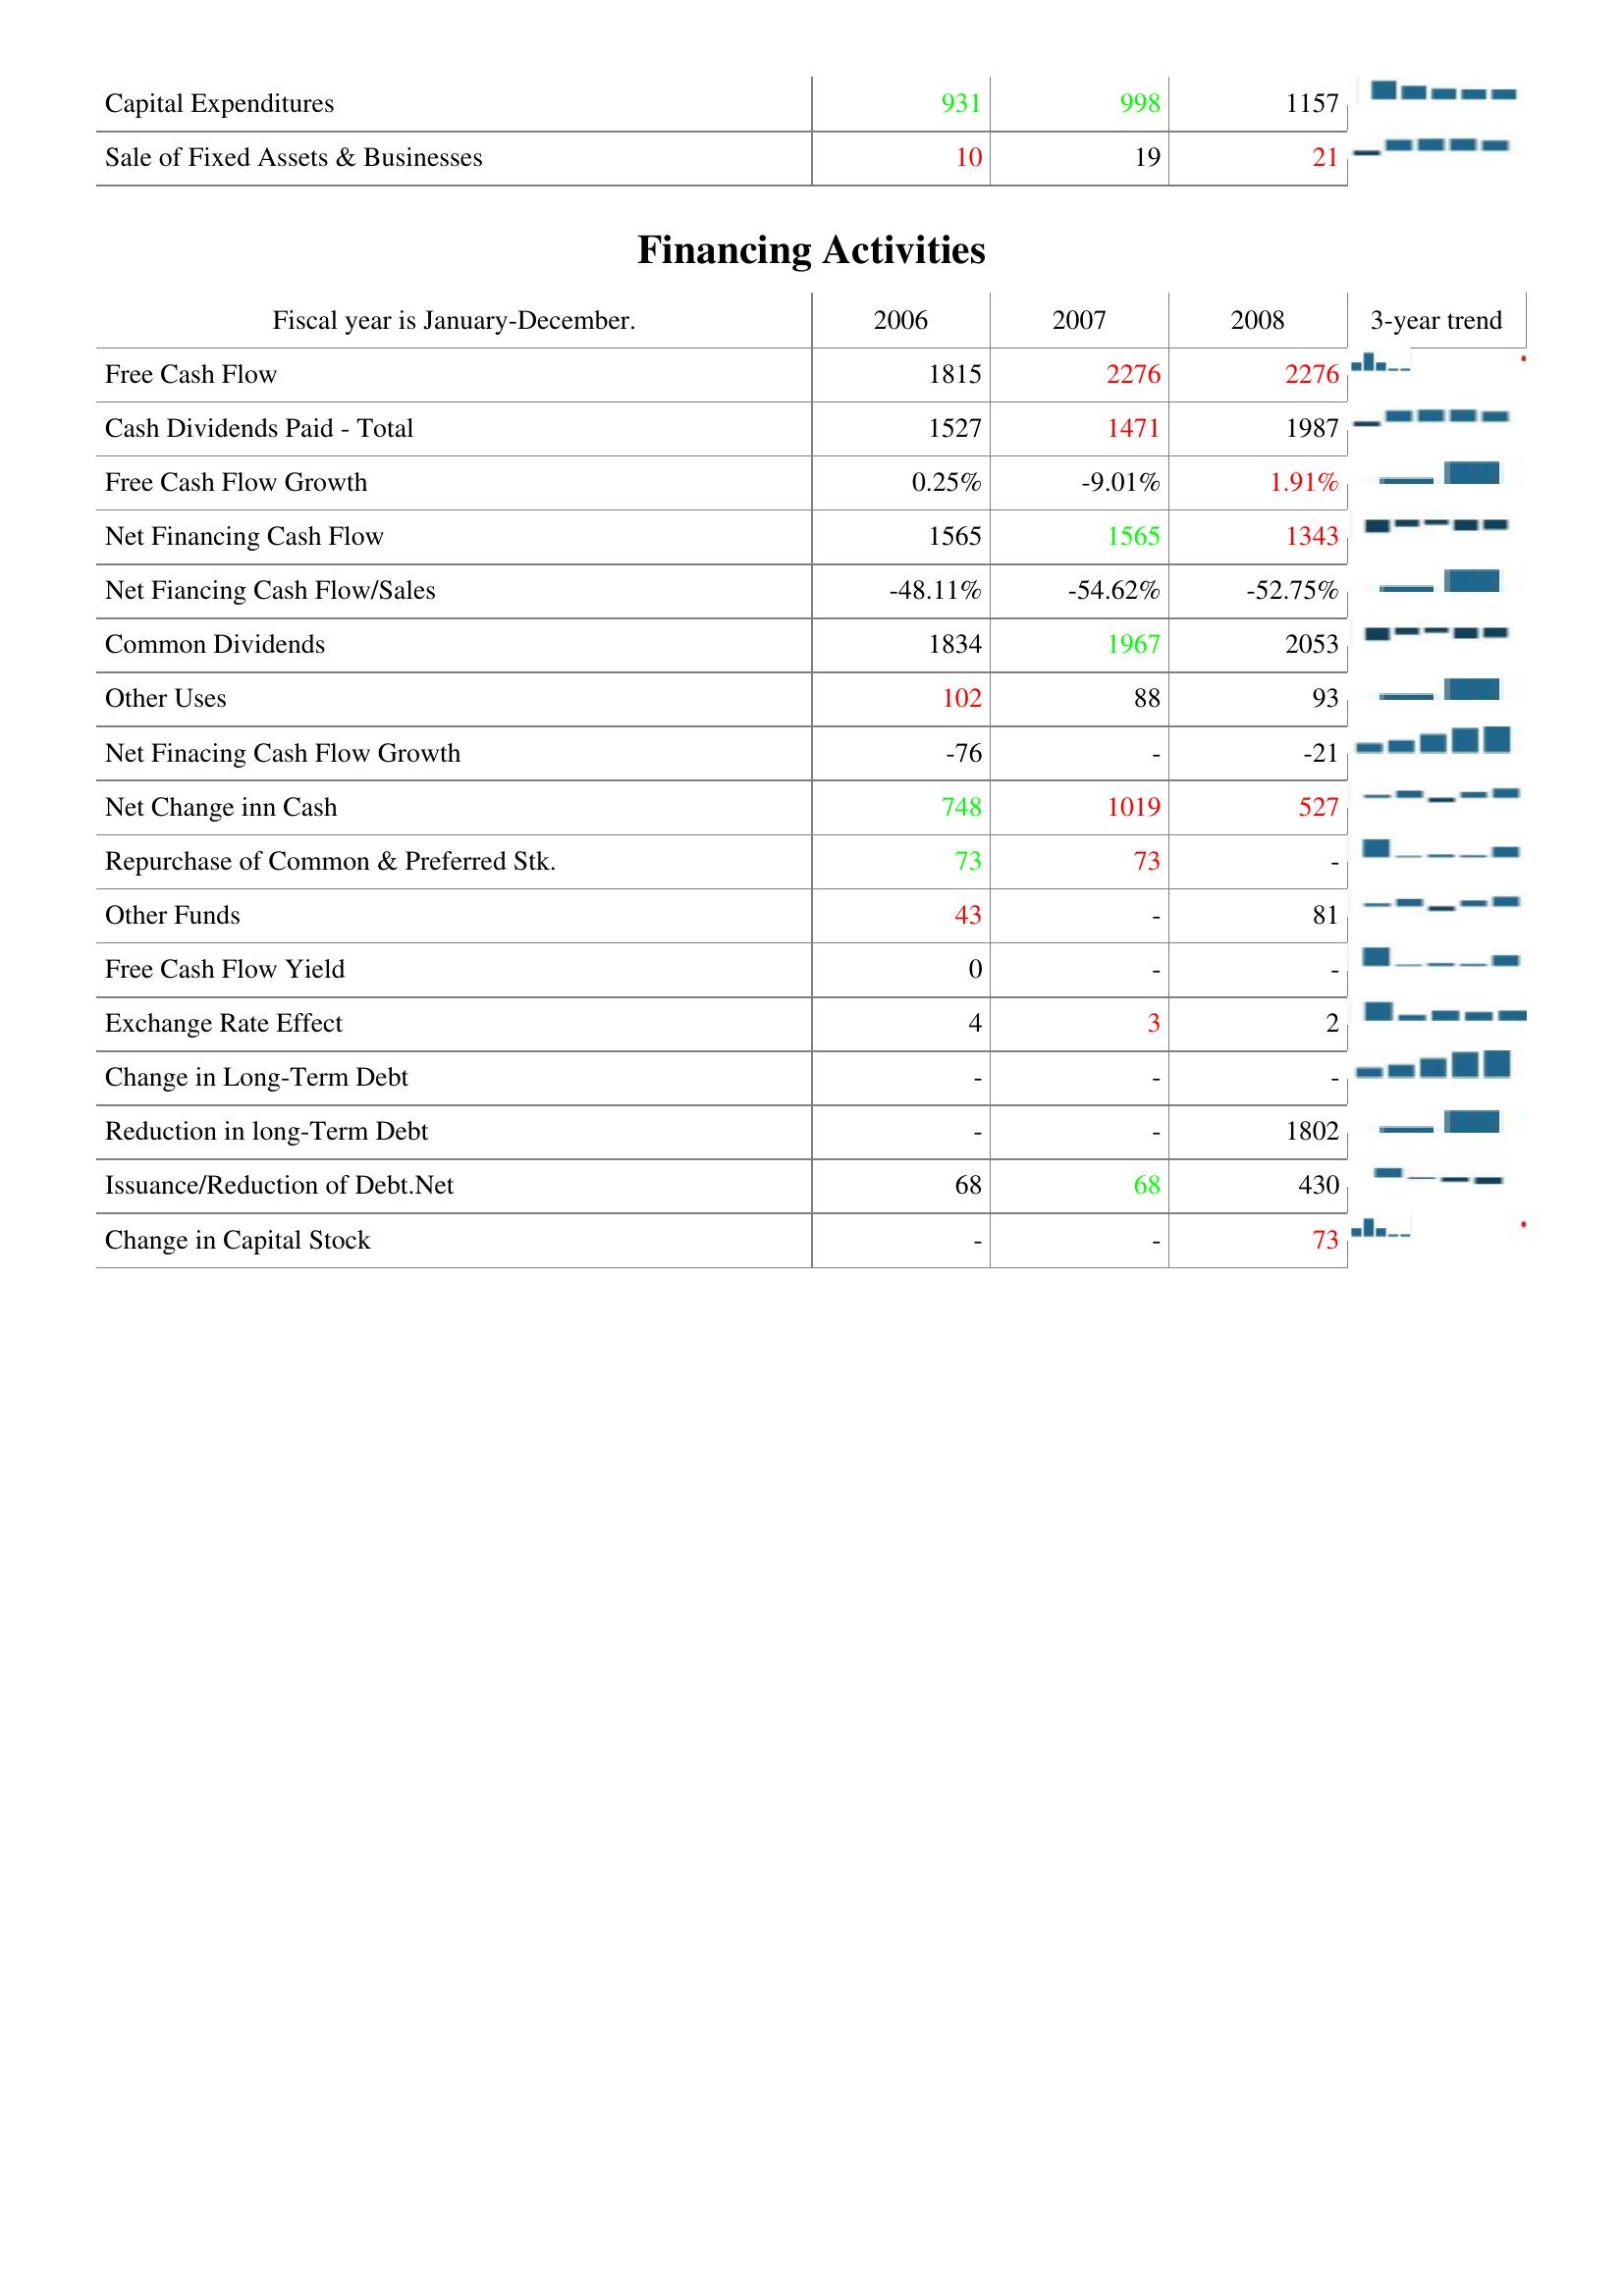
2006: Investing Activities: Capital Expenditures: 931
Sale of Fixed Assets & Businesses: 10
Financing Activities: Free Cash Flow: 1815
Cash Dividends Paid - Total: 1527
Free Cash Flow Growth: 0.25%
Net Financing Cash Flow: 1565
Net Fiancing Cash Flow/Sales: -48.11%
Common Dividends: 1834
Other Uses: 102
Net Finacing Cash Flow Growth: -76
Net Change inn Cash: 748
Repurchase of Common & Preferred Stk.: 73
Other Funds: 43
Free Cash Flow Yield: 0
Exchange Rate Effect: 4
Change in Long-Term Debt: -
Reduction in long-Term Debt: -
Issuance/Reduction of Debt.Net: 68
Change in Capital Stock: -
2007: Investing Activities: Capital Expenditures: 998
Sale of Fixed Assets & Businesses: 19
Financing Activities: Free Cash Flow: 2276
Cash Dividends Paid - Total: 1471
Free Cash Flow Growth: -9.01%
Net Financing Cash Flow: 1565
Net Fiancing Cash Flow/Sales: -54.62%
Common Dividends: 1967
Other Uses: 88
Net Finacing Cash Flow Growth: -
Net Change inn Cash: 1019
Repurchase of Common & Preferred Stk.: 73
Other Funds: -
Free Cash Flow Yield: -
Exchange Rate Effect: 3
Change in Long-Term Debt: -
Reduction in long-Term Debt: -
Issuance/Reduction of Debt.Net: 68
Change in Capital Stock: -
2008: Investing Activities: Capital Expenditures: 1157
Sale of Fixed Assets & Businesses: 21
Financing Activities: Free Cash Flow: 2276
Cash Dividends Paid - Total: 1987
Free Cash Flow Growth: 1.91%
Net Financing Cash Flow: 1343
Net Fiancing Cash Flow/Sales: -52.75%
Common Dividends: 2053
Other Uses: 93
Net Finacing Cash Flow Growth: -21
Net Change inn Cash: 527
Repurchase of Common & Preferred Stk.: -
Other Funds: 81
Free Cash Flow Yield: -
Exchange Rate Effect: 2
Change in Long-Term Debt: -
Reduction in long-Term Debt: 1802
Issuance/Reduction of Debt.Net: 430
Change in Capital Stock: 73